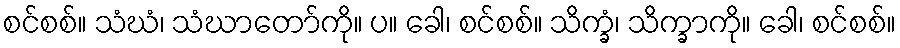
စင်စစ်။ သံဃံ၊ သံဃာတော်ကို။ ပ။ ခေါ၊ စင်စစ်။ သိက္ခံ၊ သိက္ခာကို။ ခေါ၊ စင်စစ်။